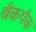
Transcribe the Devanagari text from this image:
बैकपैक